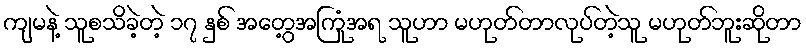
ကျမနဲ့ သူစသိခဲ့တဲ့ ၁၇ နှစ် အတွေ့အကြုံအရ သူဟာ မဟုတ်တာလုပ်တဲ့သူ မဟုတ်ဘူးဆိုတာ